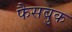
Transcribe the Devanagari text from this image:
फैसबुक